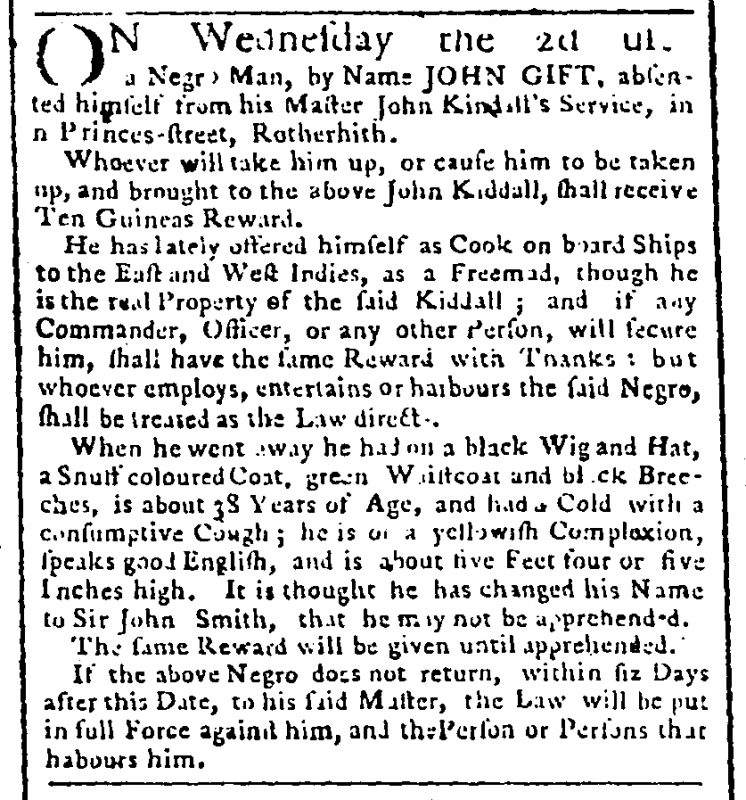
Public Advertiser, 7 February 1765 (England)
ON Wednesday the 2d Ul[t] a Negro Man, by Name JOHN GIFT, absented himself from his Master, John Kindall’s Service, in Princess-Street, Rotherhith.   Whoever will take him up, or cause the above to be taken up, and brought to the above John Kiddall, shall receive Ten Guineas Reward.  He has lately offered himself as Cook on board Ships to the East and West Indies as a Freeman, though he is the real Property of the said Kiddall; and if any Commander, Officer, or any other Person,  will secure him, shall have the same Reward, with Thanks; but whoever employs, entertains, or harbours the said Negro, shall be treated with as the Law directs.   When he went away he had on a black Wig and Hat, a Snuff coloured Coat, green Waistcoat, and Black Breeches, is about 38 Years of Age, and had a Cold with a consumptive Cough; he is of a yellowish Complexion, speaks good English, and is about five Feet four or five Inches high. It is thought he has changed his Name to Sir John Smith, that he may not be apprehended.  The same Reward will be given until apprehended.  If the above Negro does not return, within siz Days after this Date, to his said Master, the Law will be put in full Force against him, and the Person or Persons that harbours him.